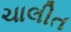
ચાલીત